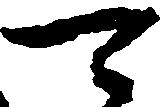
可